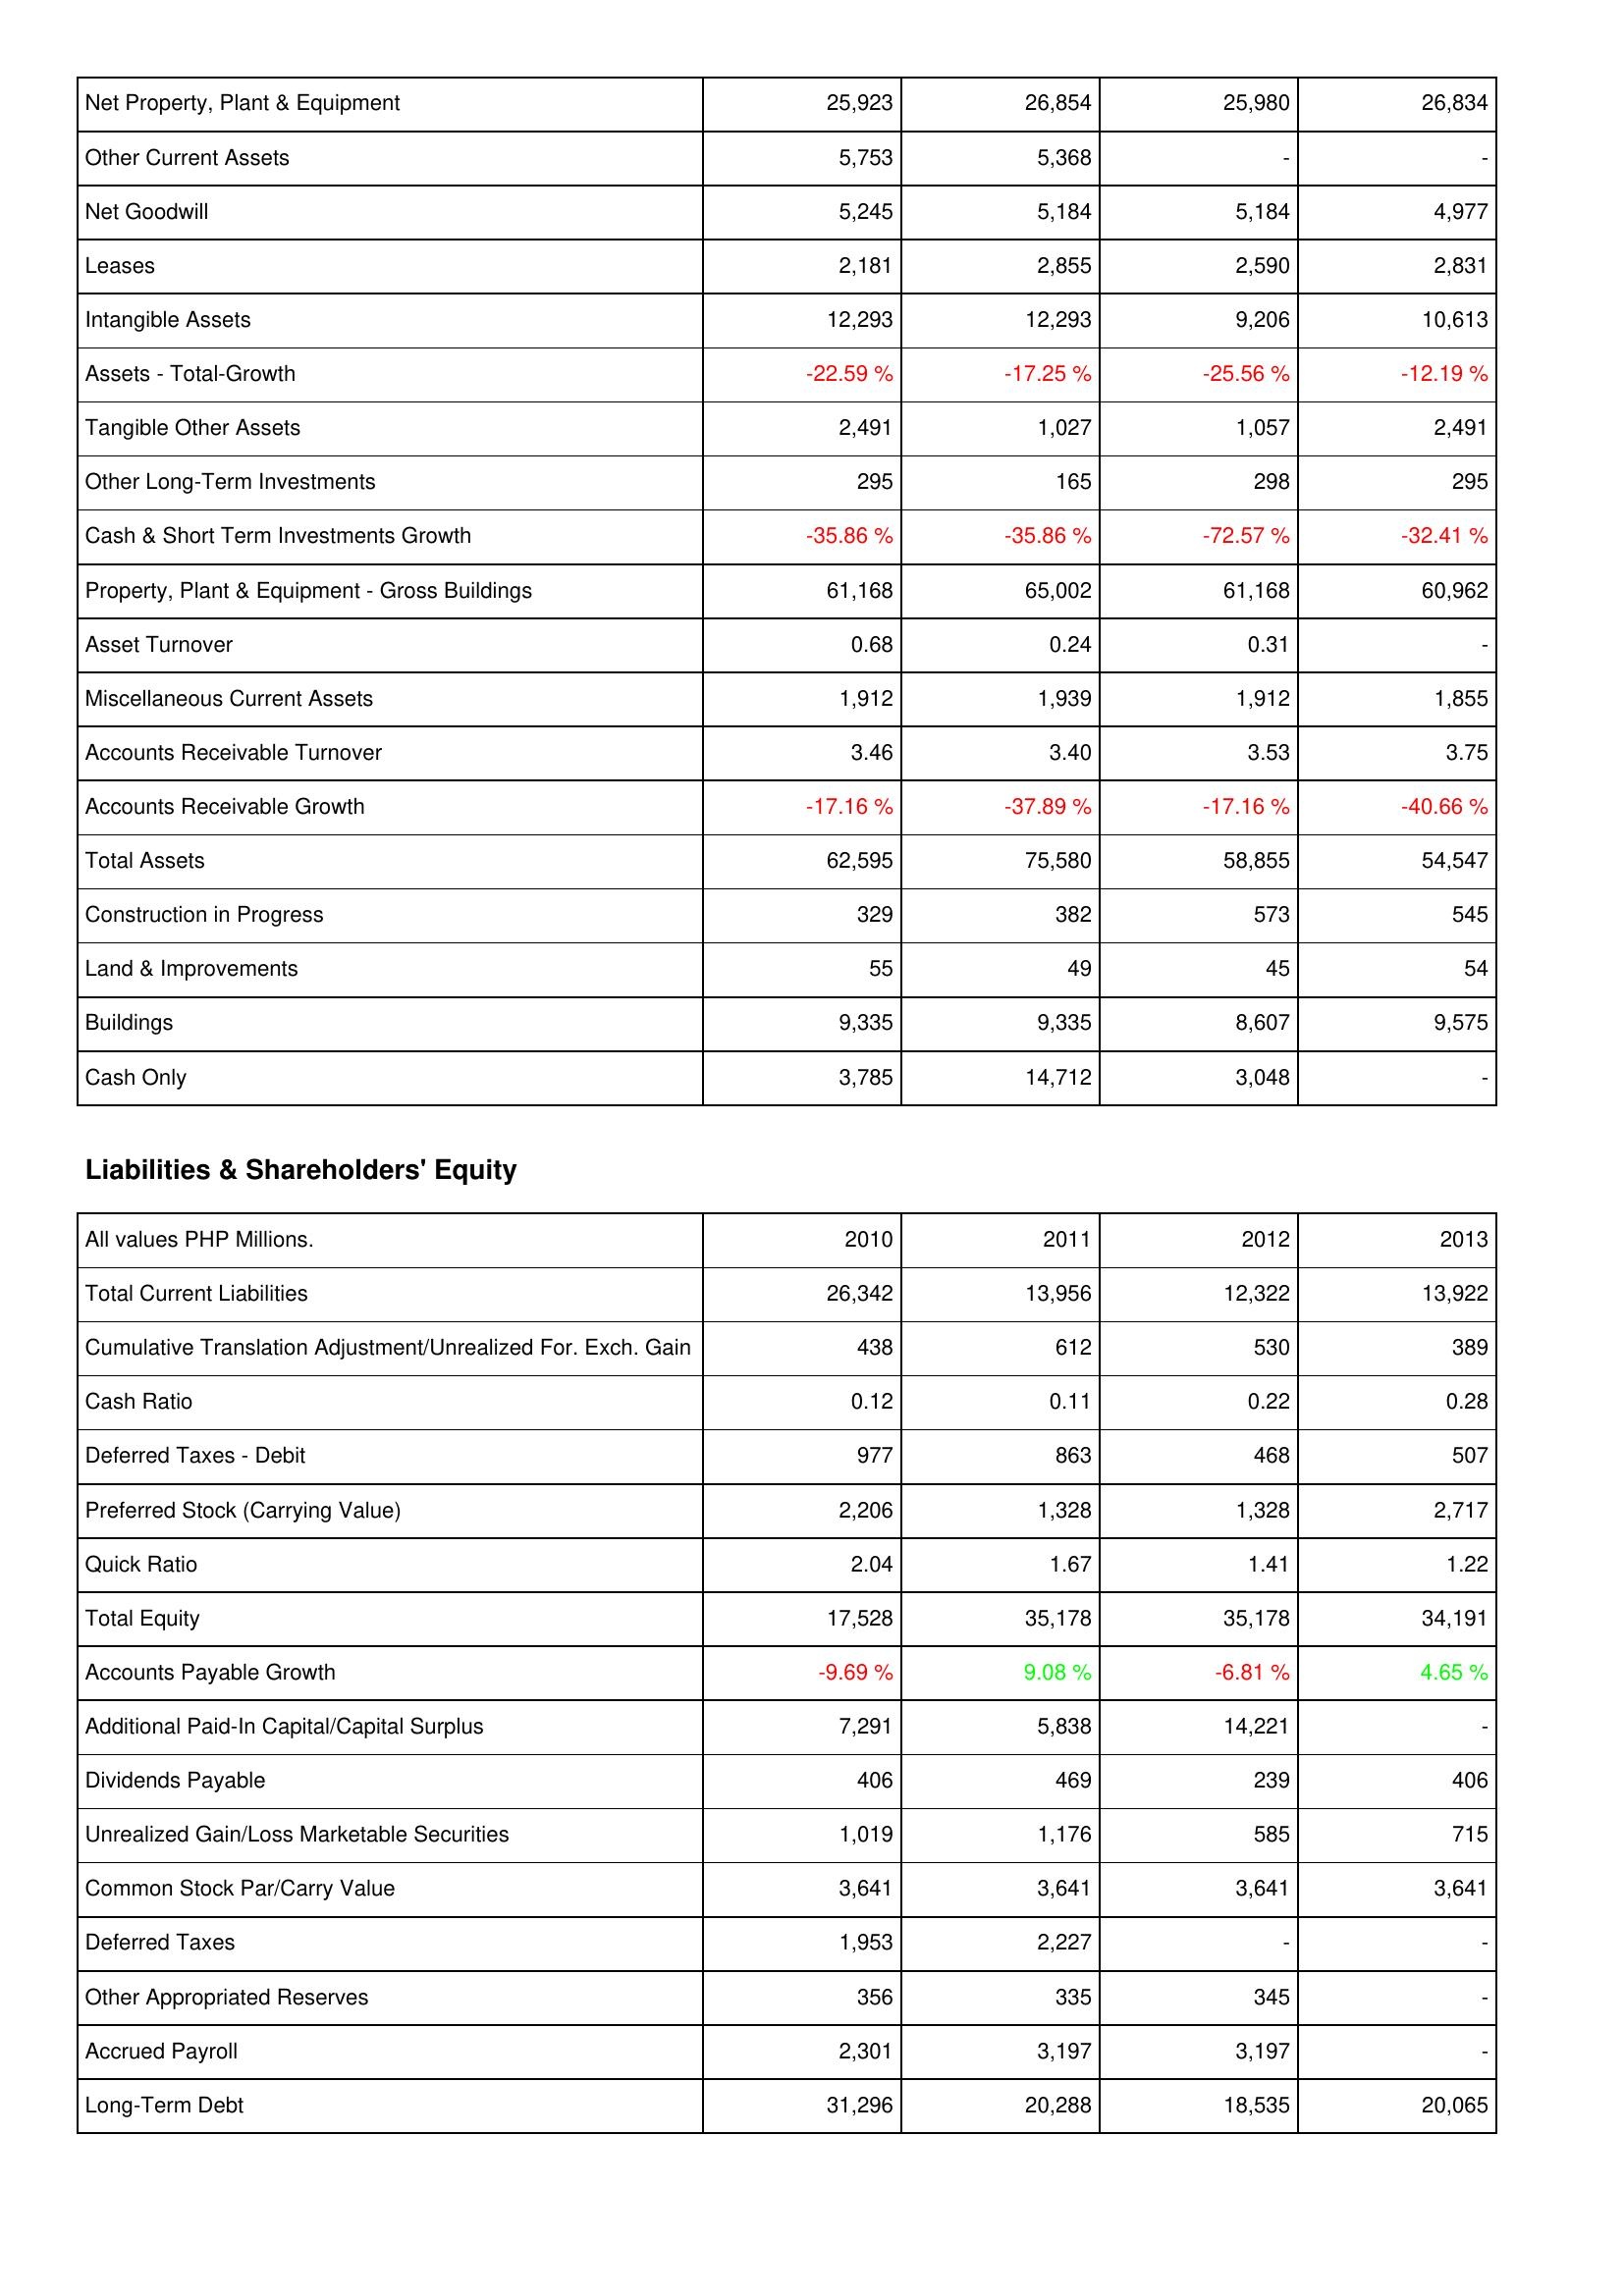
2010: Assets: Net Property, Plant & Equipment: 25,923
Other Current Assets: 5,753
Net Goodwill: 5,245
Leases: 2,181
Intangible Assets: 12,293
Assets - Total-Growth: -22.59 %
Tangible Other Assets: 2,491
Other Long-Term Investments: 295
Cash & Short Term Investments Growth: -35.86 %
Property, Plant & Equipment - Gross Buildings: 61,168
Asset Turnover: 0.68
Miscellaneous Current Assets: 1,912
Accounts Receivable Turnover: 3.46
Accounts Receivable Growth: -17.16 %
Total Assets: 62,595
Construction in Progress: 329
Land & Improvements: 55
Buildings: 9,335
Cash Only: 3,785
Liabilities & Shareholders' Equity: Total Current Liabilities: 26,342
Cumulative Translation Adjustment/Unrealized For. Exch. Gain: 438
Cash Ratio: 0.12
Deferred Taxes - Debit: 977
Preferred Stock (Carrying Value): 2,206
Quick Ratio: 2.04
Total Equity: 17,528
Accounts Payable Growth: -9.69 %
Additional Paid-In Capital/Capital Surplus: 7,291
Dividends Payable: 406
Unrealized Gain/Loss Marketable Securities: 1,019
Common Stock Par/Carry Value: 3,641
Deferred Taxes: 1,953
Other Appropriated Reserves: 356
Accrued Payroll: 2,301
Long-Term Debt: 31,296
2011: Assets: Net Property, Plant & Equipment: 26,854
Other Current Assets: 5,368
Net Goodwill: 5,184
Leases: 2,855
Intangible Assets: 12,293
Assets - Total-Growth: -17.25 %
Tangible Other Assets: 1,027
Other Long-Term Investments: 165
Cash & Short Term Investments Growth: -35.86 %
Property, Plant & Equipment - Gross Buildings: 65,002
Asset Turnover: 0.24
Miscellaneous Current Assets: 1,939
Accounts Receivable Turnover: 3.40
Accounts Receivable Growth: -37.89 %
Total Assets: 75,580
Construction in Progress: 382
Land & Improvements: 49
Buildings: 9,335
Cash Only: 14,712
Liabilities & Shareholders' Equity: Total Current Liabilities: 13,956
Cumulative Translation Adjustment/Unrealized For. Exch. Gain: 612
Cash Ratio: 0.11
Deferred Taxes - Debit: 863
Preferred Stock (Carrying Value): 1,328
Quick Ratio: 1.67
Total Equity: 35,178
Accounts Payable Growth: 9.08 %
Additional Paid-In Capital/Capital Surplus: 5,838
Dividends Payable: 469
Unrealized Gain/Loss Marketable Securities: 1,176
Common Stock Par/Carry Value: 3,641
Deferred Taxes: 2,227
Other Appropriated Reserves: 335
Accrued Payroll: 3,197
Long-Term Debt: 20,288
2012: Assets: Net Property, Plant & Equipment: 25,980
Other Current Assets: -
Net Goodwill: 5,184
Leases: 2,590
Intangible Assets: 9,206
Assets - Total-Growth: -25.56 %
Tangible Other Assets: 1,057
Other Long-Term Investments: 298
Cash & Short Term Investments Growth: -72.57 %
Property, Plant & Equipment - Gross Buildings: 61,168
Asset Turnover: 0.31
Miscellaneous Current Assets: 1,912
Accounts Receivable Turnover: 3.53
Accounts Receivable Growth: -17.16 %
Total Assets: 58,855
Construction in Progress: 573
Land & Improvements: 45
Buildings: 8,607
Cash Only: 3,048
Liabilities & Shareholders' Equity: Total Current Liabilities: 12,322
Cumulative Translation Adjustment/Unrealized For. Exch. Gain: 530
Cash Ratio: 0.22
Deferred Taxes - Debit: 468
Preferred Stock (Carrying Value): 1,328
Quick Ratio: 1.41
Total Equity: 35,178
Accounts Payable Growth: -6.81 %
Additional Paid-In Capital/Capital Surplus: 14,221
Dividends Payable: 239
Unrealized Gain/Loss Marketable Securities: 585
Common Stock Par/Carry Value: 3,641
Deferred Taxes: -
Other Appropriated Reserves: 345
Accrued Payroll: 3,197
Long-Term Debt: 18,535
2013: Assets: Net Property, Plant & Equipment: 26,834
Other Current Assets: -
Net Goodwill: 4,977
Leases: 2,831
Intangible Assets: 10,613
Assets - Total-Growth: -12.19 %
Tangible Other Assets: 2,491
Other Long-Term Investments: 295
Cash & Short Term Investments Growth: -32.41 %
Property, Plant & Equipment - Gross Buildings: 60,962
Asset Turnover: -
Miscellaneous Current Assets: 1,855
Accounts Receivable Turnover: 3.75
Accounts Receivable Growth: -40.66 %
Total Assets: 54,547
Construction in Progress: 545
Land & Improvements: 54
Buildings: 9,575
Cash Only: -
Liabilities & Shareholders' Equity: Total Current Liabilities: 13,922
Cumulative Translation Adjustment/Unrealized For. Exch. Gain: 389
Cash Ratio: 0.28
Deferred Taxes - Debit: 507
Preferred Stock (Carrying Value): 2,717
Quick Ratio: 1.22
Total Equity: 34,191
Accounts Payable Growth: 4.65 %
Additional Paid-In Capital/Capital Surplus: -
Dividends Payable: 406
Unrealized Gain/Loss Marketable Securities: 715
Common Stock Par/Carry Value: 3,641
Deferred Taxes: -
Other Appropriated Reserves: -
Accrued Payroll: -
Long-Term Debt: 20,065